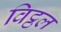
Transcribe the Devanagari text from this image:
विट्ठल